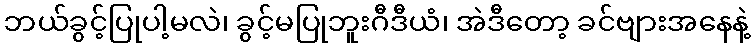
ဘယ်ခွင့်ပြုပါ့မလဲ၊ ခွင့်မပြုဘူးဂီဒီယံ၊ အဲဒီတော့ ခင်ဗျားအနေနဲ့